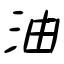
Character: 油